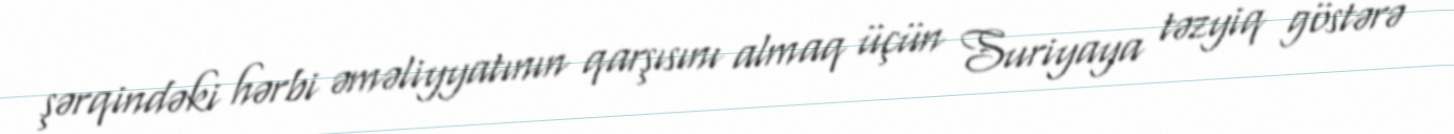
şərqindəki hərbi əməliyyatının qarşısını almaq üçün Suriyaya təzyiq göstərə